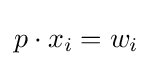
p\cdot x_{i}=w_{i}